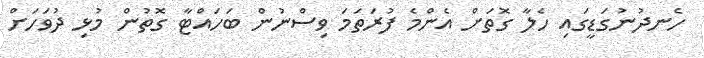
ހެނދުނުގަޑީގައި ހެލާ ގޮތަށް އެންމެ ފުރަތަމަ ވިސްނުން ބަހައްޓާ ގޮތުން މުޅި ދުވަހަށް